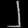
Digit: ၂